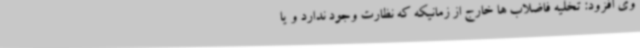
وی افزود: تخلیه فاضلاب ها خارج از زمانیکه که نظارت وجود ندارد و یا